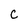
Character: C